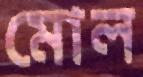
মোল